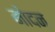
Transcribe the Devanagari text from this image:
मोदन